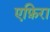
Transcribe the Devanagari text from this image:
एफ़िरा